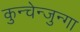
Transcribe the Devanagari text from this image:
कुन्चेन्जुन्गा